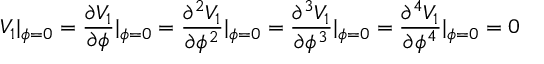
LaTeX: V _ { 1 } | _ { \phi = 0 } = \frac { \partial V _ { 1 } } { \partial \phi } | _ { \phi = 0 } = \frac { \partial ^ { 2 } V _ { 1 } } { \partial \phi ^ { 2 } } | _ { \phi = 0 } = \frac { \partial ^ { 3 } V _ { 1 } } { \partial \phi ^ { 3 } } | _ { \phi = 0 } = \frac { \partial ^ { 4 } V _ { 1 } } { \partial \phi ^ { 4 } } | _ { \phi = 0 } = 0